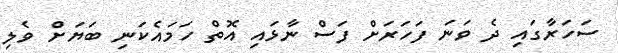
ސަހަރާގައި ދެ ވަނަ ފަހަރަށް ފަސް ނާޅައި އޮތް ހަމައެކަނި ބަޔަށް ވެލި